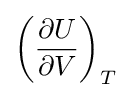
\left({\frac {\partial U}{\partial V}}\right)_{T}